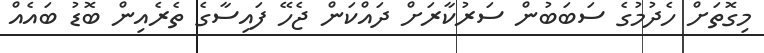
މިގޮތަށް ހެދުމުގެ ސަބަބުން ސަރުކާރަށް ދައްކަން ޖެހޭ ފައިސާގެ ތެރެއިން ބޮޑު ބައެއް